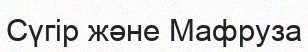
Сүгір және Мафруза